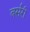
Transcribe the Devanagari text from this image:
बर्सरी